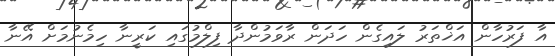
އާ ފަރުހާން އަޚްތަރު ލައިގެން ހަދަން ރާވަމުންދާ ފިލްމުގައި ކަރީނާ ހިމެނުމަށް އޭނާ